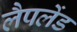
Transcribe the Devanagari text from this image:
लैपलेंड